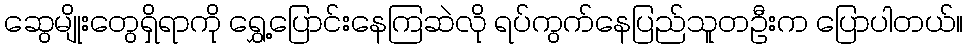
ဆွေမျိုးတွေရှိရာကို ရွှေ့ပြောင်းနေကြဆဲလို ရပ်ကွက်နေပြည်သူတဦးက ပြောပါတယ်။